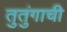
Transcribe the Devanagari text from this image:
तुतुंगाची